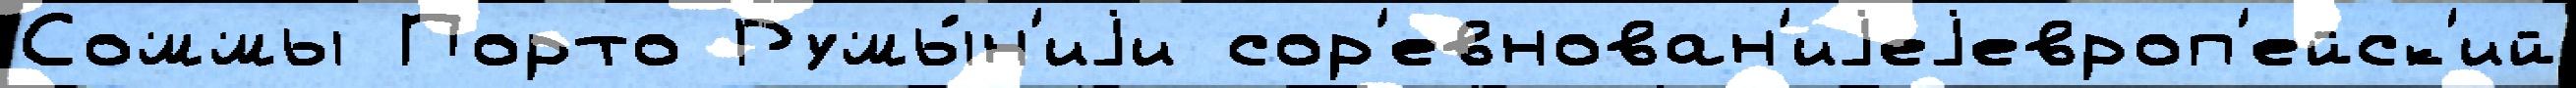
Соммы Порто Румы́н'иjи сор'евнован'иjеjевроп'ейск'ий